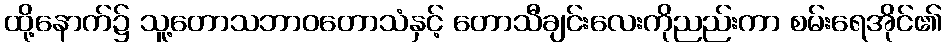
ထို့နောက်၌ သူ့တောသဘာဝတောသံနှင့် တောသီချင်းလေးကိုညည်းကာ စမ်းရေအိုင်၏